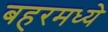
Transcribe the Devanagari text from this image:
बहरमध्ये